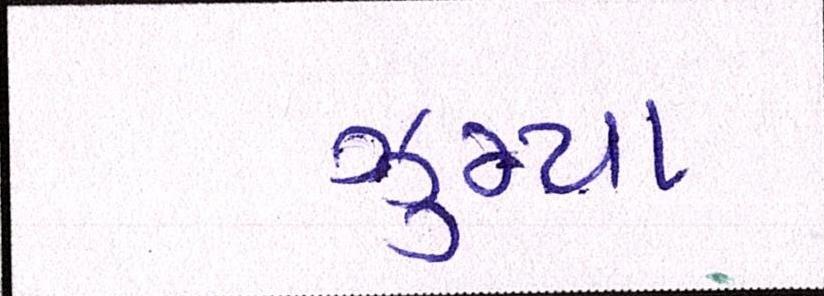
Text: ઝુમ્યા